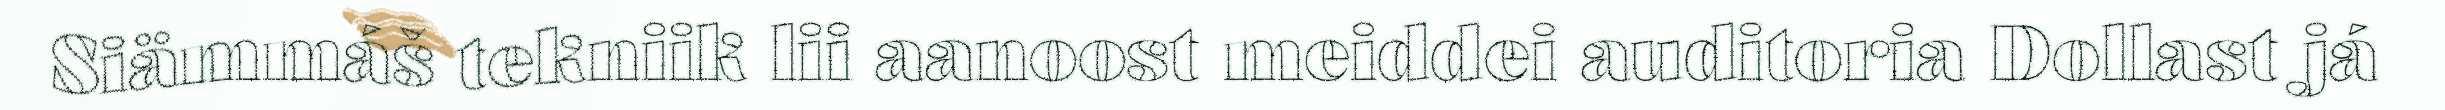
Siämmáš tekniik lii aanoost meiddei auditoria Dollast já